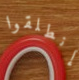
إنطلقوا